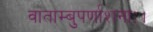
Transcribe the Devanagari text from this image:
वाताम्बुपर्णाशनाः।